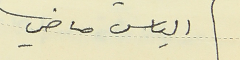
الياس ماضي